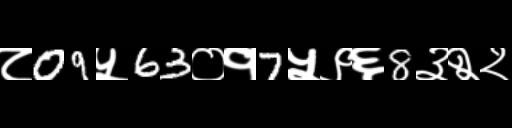
Text: ८09५63०१7५९६8३२२